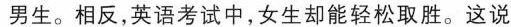
男生。相反，英语考试中，女生却能轻松取胜。这说